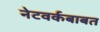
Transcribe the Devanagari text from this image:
नेटवर्कबाबत